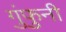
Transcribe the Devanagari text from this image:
गुंफुनी